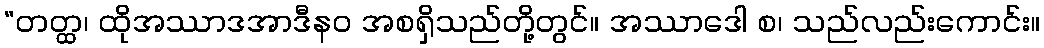
“တတ္ထ၊ ထိုအဿာဒအာဒီနဝ အစရှိသည်တို့တွင်။ အဿာဒေါ စ၊ သည်လည်းကောင်း။